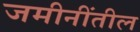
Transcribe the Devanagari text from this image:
जमीनींतील